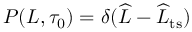
P ( L , \tau _ { 0 } ) = \delta ( \widehat { L } - \widehat { L } _ { \mathrm { t s } } )